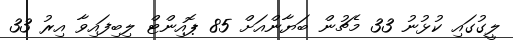
ލީގުގައި ކުޅުނު 33 މެޗުން ބަޔާންއަށް 85 ޕޮއިންޓް ލިބިފައިވާ އިރު 33